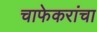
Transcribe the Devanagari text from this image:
चाफेकरांचा